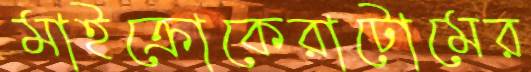
মাইক্রোকেরাটোমের